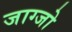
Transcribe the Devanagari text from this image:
जाग्जो